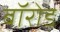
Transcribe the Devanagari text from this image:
बॉरोड